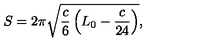
S = 2 \pi \sqrt { \frac c 6 \left( L _ { 0 } - \frac { c } { 2 4 } \right) } ,